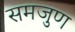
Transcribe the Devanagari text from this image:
समजुण